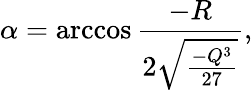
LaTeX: \alpha=\operatorname{arccos}\frac{-R}{2\sqrt{\frac{-Q^{3}}{27}}},